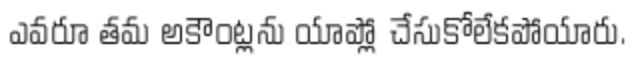
ఎవరూ తమ అకౌంట్లను యాప్లో చేసుకోలేకపోయారు.